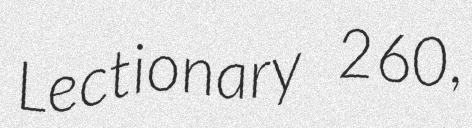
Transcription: Lectionary 260,